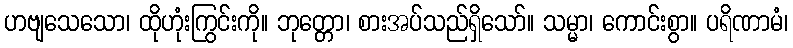
ဟဗျသေသော၊ ထိုဟုံးကြွင်းကို။ ဘုတ္တော၊ စားအပ်သည်ရှိသော်။ သမ္မာ၊ ကောင်းစွာ။ ပရိဏာမံ၊